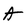
Character: A